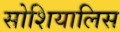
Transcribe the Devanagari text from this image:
सोशियालिस